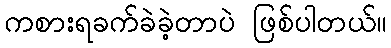
ကစားရခက်ခဲခဲ့တာပဲ ဖြစ်ပါတယ်။